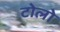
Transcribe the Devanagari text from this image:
टोलो